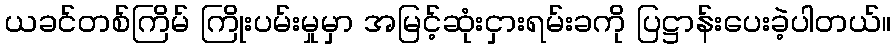
ယခင်တစ်ကြိမ် ကြိုးပမ်းမှုမှာ အမြင့်ဆုံးငှားရမ်းခကို ပြဋ္ဌာန်းပေးခဲ့ပါတယ်။